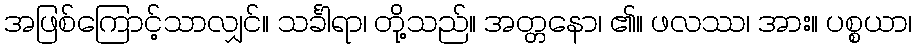
အဖြစ်ကြောင့်သာလျှင်။ သင်္ခါရာ၊ တို့သည်။ အတ္တနော၊ ၏။ ဖလဿ၊ အား။ ပစ္စယာ၊